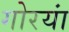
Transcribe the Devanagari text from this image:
गोरयां